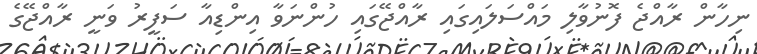
ނިހާން ރާއްޖެ ފޮނުވާލި މައްސަލައިގައި ރާއްޖޭގައި ހުންނަވާ އިންޑިއާ ސަފީރު ވަނީ ރާއްޖޭގެ